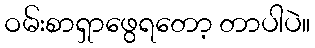
ဝမ်းစာရှာဖွေရတော့ တာပါပဲ။